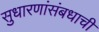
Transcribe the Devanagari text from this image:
सुधारणांसंबधाची